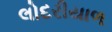
લોદરીયાળ